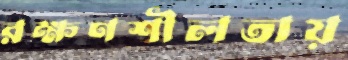
রক্ষণশীলতায়